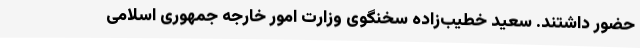
حضور داشتند. سعید خطیب‌زاده سخنگوی وزارت امور خارجه جمهوری اسلامی